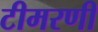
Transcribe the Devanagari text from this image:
टीमरणी